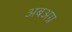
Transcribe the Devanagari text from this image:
अबअग्र